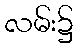
လမ်း၌